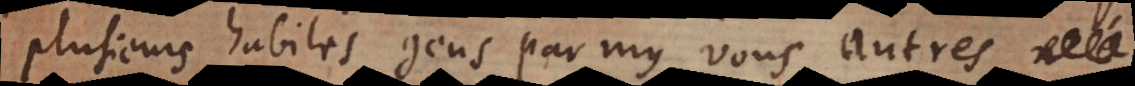
plusieurs habiles gens parmy vous autres